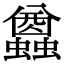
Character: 𧔭